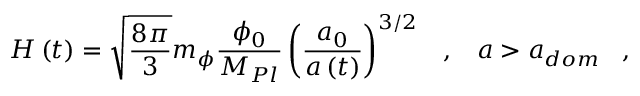
H \left( t \right) = \sqrt { \frac { 8 \pi } { 3 } } m _ { \phi } \frac { \phi _ { 0 } } { M _ { P l } } \left( \frac { a _ { 0 } } { a \left( t \right) } \right) ^ { 3 / 2 } \; \; \; , \; \; \; a > a _ { d o m } \; \; \; ,